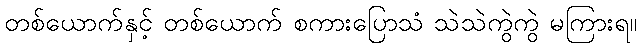
တစ်ယောက်နှင့် တစ်ယောက် စကားပြောသံ သဲသဲကွဲကွဲ မကြားရ။